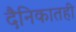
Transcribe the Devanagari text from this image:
दैनिकातही